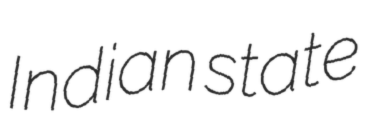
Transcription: Indian state